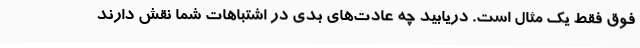
فوق فقط یک مثال است. دریابید چه عادت‌های بدی در اشتباهات شما نقش دارند